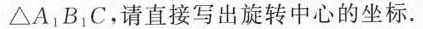
△A_{1}B_{1}C，请直接写出旋转中心的坐标.